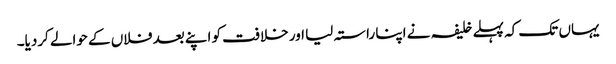
یہاں تک کہ پہلے خلیفہ نے اپنا راستہ لیا اور خلافت کو اپنے بعد فلاں کے حوالے کردیا۔